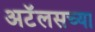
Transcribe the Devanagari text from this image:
अटॅलसच्या